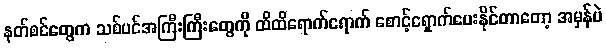
နတ်စင်တွေက သစ်ပင်အကြီးကြီးတွေကို ထိထိရောက်ရောက် စောင့်ရှောက်ပေးနိုင်တာတော့ အမှန်ပဲ